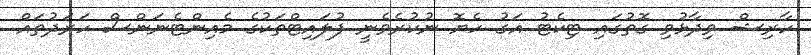
ހާރިޝް ވިދާޅުވި ގޮތުގައި ޓިކެޓު އަގު ހެޔޮ ނުކުރެވެނީ ފުލައިޓްތަކުގެ މެއިންޓެނަންސް ހަރަދުތައް